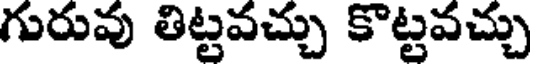
గురువు తిట్టవచ్చు కొట్టవచ్చు